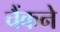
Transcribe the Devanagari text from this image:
चैंकने